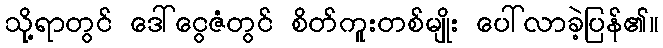
သို့ရာတွင် ဒေါ်ငွေဇံတွင် စိတ်ကူးတစ်မျိုး ပေါ်လာခဲ့ပြန်၏။